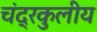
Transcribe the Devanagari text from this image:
चंद्रकुलीय